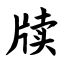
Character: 牍